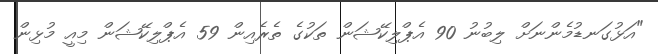
"އަޅުގަނޑުމެންނަށް ލިބުނު 90 އެޕްލިކޭޝަން ތަކުގެ ތެރެއިން 59 އެޕްލިކޭޝަން މިއީ މުޅިން